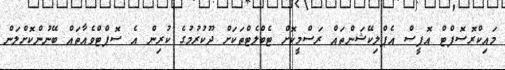
މައިކްރޮސޮފްޓް އޮފީސް އެޕްލިކޭޝަންތައް ރަސްމީކޮށް ޓެބްލެޓްތަކަށް ދޫކުރުމުގެ ކުރިން އެ ސޮފްޓްވެއާތައް ބޭނުންކޮށްލަން